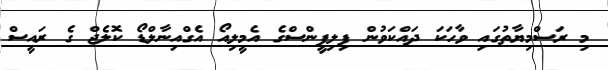
މި ރަސްމިޔާތުގައި ވާހަކަ ދައްކަވުން ފިލިޕީންސްގެ އެމީލިއޯ އެގްއިނާލްޑޯ ކޮލެޖް ގެ ރައީސް